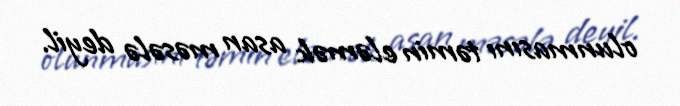
olunmasını təmin eləmək asan məsələ deyil.